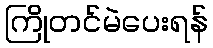
ကြိုတင်မဲပေးရန်